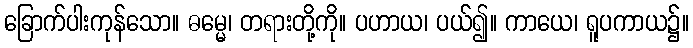
ခြောက်ပါးကုန်သော။ ဓမ္မေ၊ တရားတို့ကို။ ပဟာယ၊ ပယ်၍။ ကာယေ၊ ရူပကာယ၌။